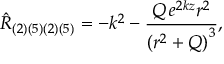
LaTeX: { \hat { R } } _ { ( 2 ) ( 5 ) ( 2 ) ( 5 ) } = - k ^ { 2 } - \frac { Q \, e ^ { 2 k z } r ^ { 2 } } { { ( r ^ { 2 } + Q ) } ^ { 3 } } ,